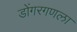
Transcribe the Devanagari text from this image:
डोंगरगणला